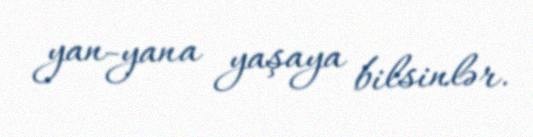
yan-yana yaşaya bilsinlər.